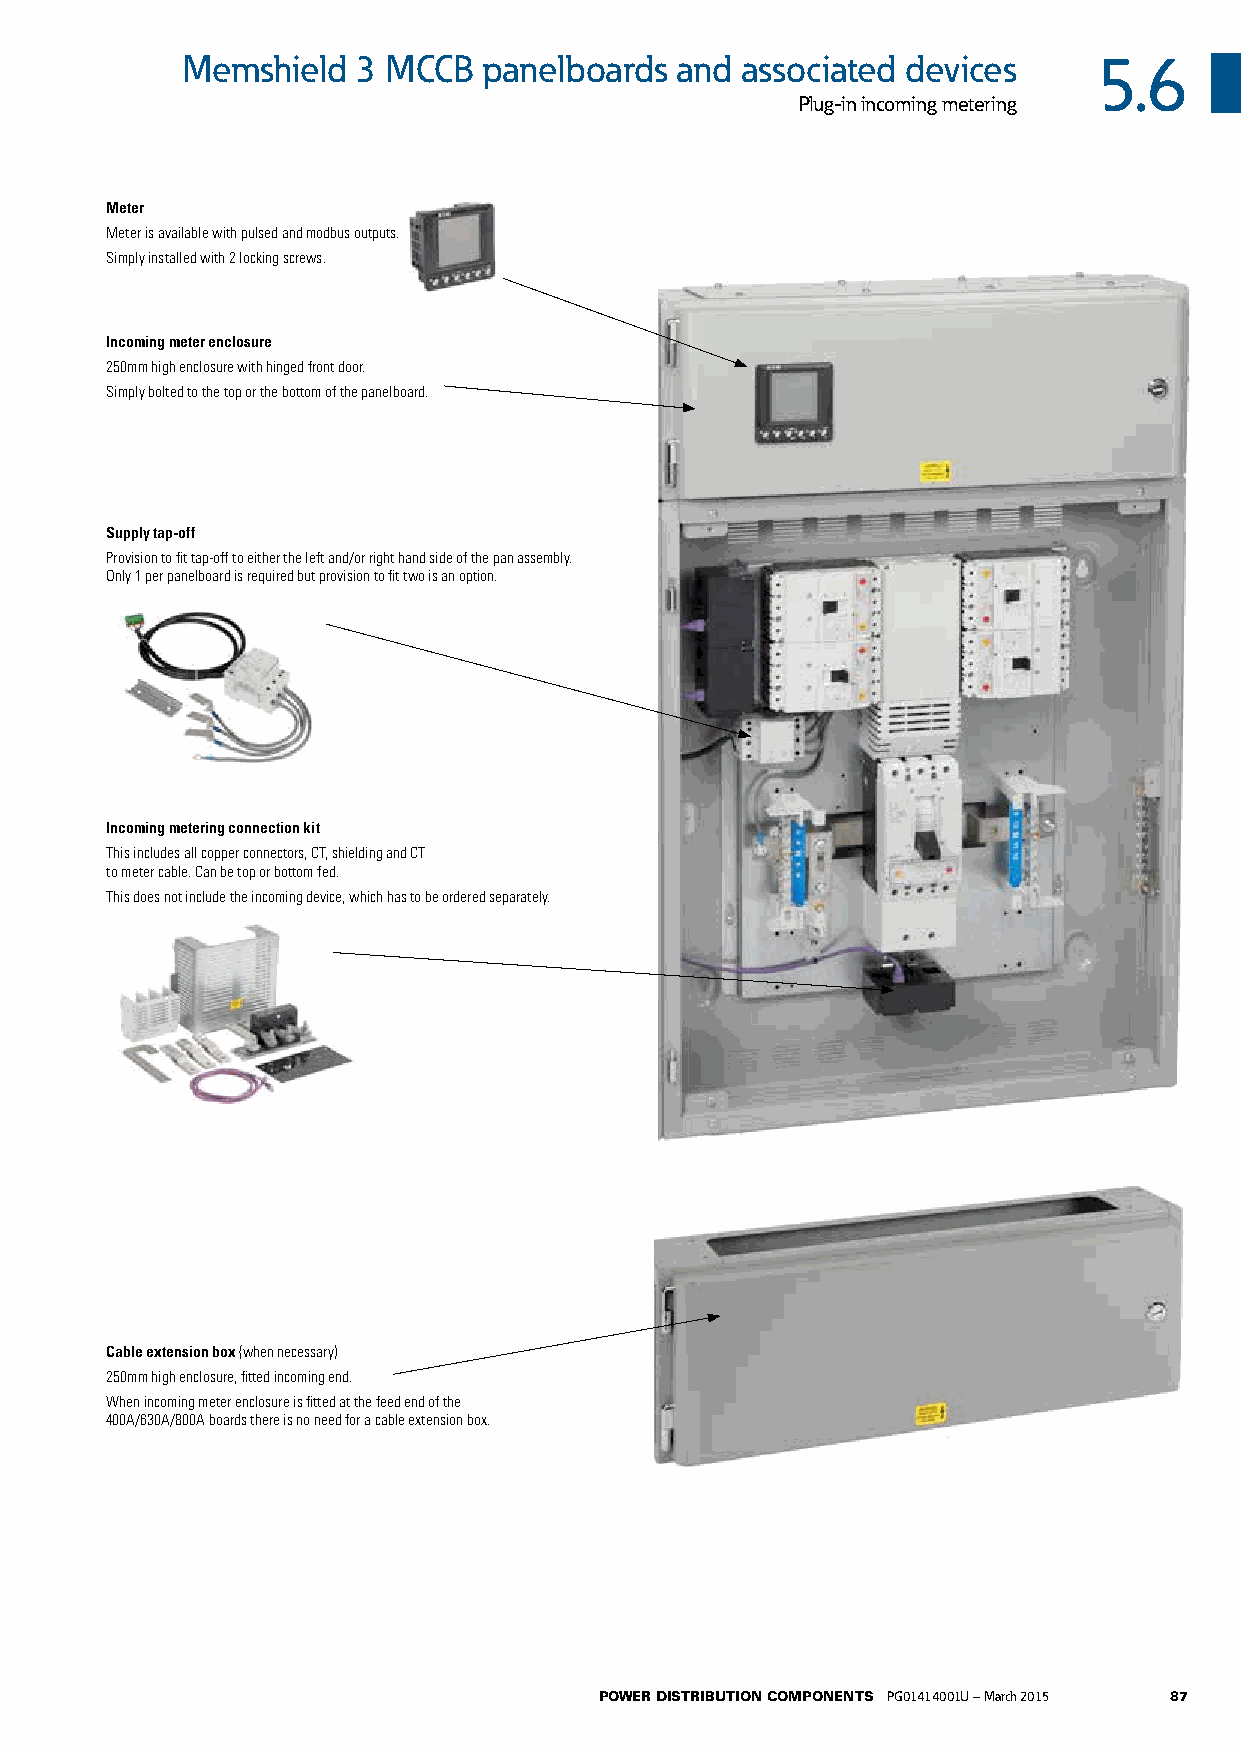
Memshield   3 MCCB  panelboards  and associated devices      5.6
 Plug-in incoming metering
 Meter
 Meter is available with pulsed and modbus outputs.
 Simply installed with 2 locking screws.
 Incoming meter enclosure
 250mm high enclosure with hinged front door.
 Simply bolted to the top or the bottom of the panelboard.
 Supply tap-off
 Provision to fit tap-off to either the left and/or right hand side of the pan assembly.
 Only 1 per panelboard is required but provision to fit two is an option.
 Incoming metering connection kit
 This includes all copper connectors, CT, shielding and CT
 to meter cable. Can be top or bottom fed.
 This does not include the incoming device, which has to be ordered separately.
 Cable extension box (when necessary)
 250mm high enclosure, fitted incoming end.
 When incoming meter enclosure is fitted at the feed end of the
 400A/630A/800A boards there is no need for a cable extension box.
 POWER DISTRIBUTION COMPONENTS PG01414001U – March 2015 87